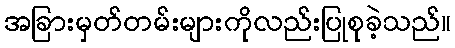
အခြားမှတ်တမ်းများကိုလည်းပြုစုခဲ့သည်။